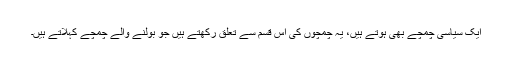
ایک سیاسی چمچے بھی ہوتے ہیں، یہ چمچوں کی اُس قسم سے تعلق رکھتے ہیں جو بولنے والے چمچے کہلاتے ہیں۔